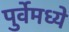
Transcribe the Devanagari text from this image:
पुर्वेमध्ये